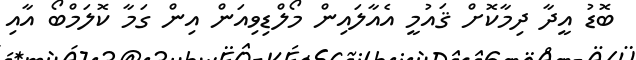
ބޮޑު އީދާ ދިމާކޮށް ޤައުމީ އެއާލައިން މޯލްޑިވިއަން އިން ގަމާ ކޮލަމްބޯ އާއި